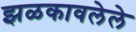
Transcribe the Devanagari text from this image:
झळकावलेले